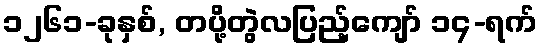
၁၂၆၁-ခုနှစ်, တပို့တွဲလပြည့်ကျော် ၁၄-ရက်